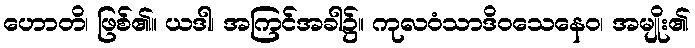
ဟောတိ၊ ဖြစ်၏။ ယဒါ၊ အကြင်အခါ၌။ ကုလဝံသာဒိဝသေနေဝ၊ အမျိုး၏